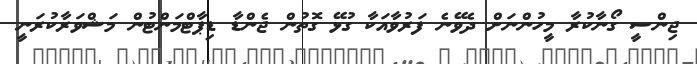
ޖިންސީ ގޯނާކުރާ މީހުންނަށް ދެވޭނެ ފަރުވާއަކާ ގުޅޭ ގޮތުން ޖެންޑާ ޑިޕާޓްމަންޓުން މަޝްވަރާކުރަނީ